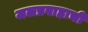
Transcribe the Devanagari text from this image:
जलप्रवाहाची